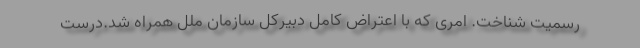
رسمیت شناخت. امری که با اعتراض کامل دبیرکل سازمان ملل همراه شد.درست